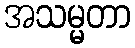
အသမ္မတာ